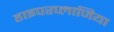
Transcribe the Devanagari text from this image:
हाइपरप्लाजिया